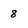
Character: 8